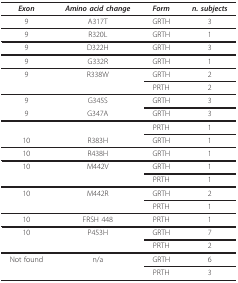
<table><thead><tr><td><b><i>Exon</i></b></td><td><b><i>Amino acid change</i></b></td><td><b><i>Form</i></b></td><td><b><i>n. subjects</i></b></td></tr></thead><tbody><tr><td>9</td><td>A317T</td><td>GRTH</td><td>3</td></tr><tr><td>9</td><td>R320L</td><td>GRTH</td><td>1</td></tr><tr><td>9</td><td>D322H</td><td>GRTH</td><td>3</td></tr><tr><td>9</td><td>G332R</td><td>GRTH</td><td>1</td></tr><tr><td>9</td><td>R338W</td><td>GRTH</td><td>2</td></tr><tr><td></td><td></td><td>PRTH</td><td>2</td></tr><tr><td>9</td><td>G345S</td><td>GRTH</td><td>3</td></tr><tr><td>9</td><td>G347A</td><td>GRTH</td><td>3</td></tr><tr><td></td><td></td><td>PRTH</td><td>1</td></tr><tr><td>10</td><td>R383H</td><td>GRTH</td><td>1</td></tr><tr><td>10</td><td>R438H</td><td>GRTH</td><td>1</td></tr><tr><td>10</td><td>M442V</td><td>GRTH</td><td>1</td></tr><tr><td></td><td></td><td>PRTH</td><td>1</td></tr><tr><td>10</td><td>M442R</td><td>GRTH</td><td>2</td></tr><tr><td></td><td></td><td>PRTH</td><td>1</td></tr><tr><td>10</td><td>FRSH 448</td><td>PRTH</td><td>1</td></tr><tr><td>10</td><td>P453H</td><td>GRTH</td><td>7</td></tr><tr><td></td><td></td><td>PRTH</td><td>2</td></tr><tr><td>Not found</td><td>n/a</td><td>GRTH</td><td>6</td></tr><tr><td></td><td></td><td>PRTH</td><td>3</td></tr></tbody></table>